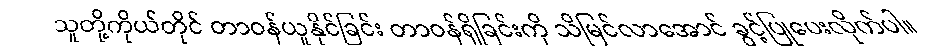
သူတို့ကိုယ်တိုင် တာဝန်ယူနိုင်ခြင်း တာဝန်ရှိခြင်းကို သိမြင်လာအောင် ခွင့်ပြုပေးလိုက်ပါ။